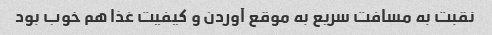
نقبت به مسافت سریع به موقع آوردن و کیفیت غذا هم خوب بود